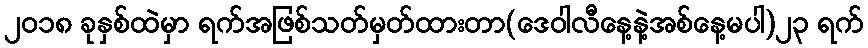
၂၀၁၈ ခုနှစ်ထဲမှာ ရက်အဖြစ်သတ်မှတ်ထားတာ(ဒေဝါလီနေ့နဲ့အစ်နေ့မပါ)၂၃ ရက်